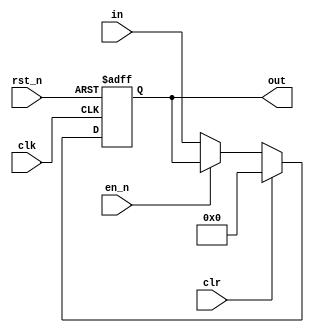
`timescale 1ns/1ns


module ff_16x7b(in, out, clk, en_n, rst_n, clr);

input clk, en_n, rst_n, clr;
input [16 *7 - 1:0] in;
output reg [16 *7 - 1:0] out;


always @(posedge clk or negedge rst_n)
begin
    if (~rst_n)
    begin
        out <= 0;
    end
    else if (clr)
    begin
        out <= 0;
    end
    else if (~en_n)
    begin
        out <= in;
    end
end
endmodule